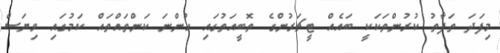
މިފަދަ ތަފާތު ކުރުންތަކަކީ ބައެއް ޓީޗަރުންގެ ތޮބީއަތުގައި ހުންނަ ކަންތައްތައް ކަމުގައި ވިޔަސް